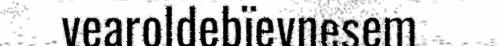
vearoldebïevnesem